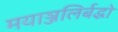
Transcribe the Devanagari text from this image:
मयाञ्जलिर्बद्धो